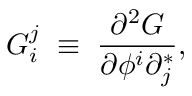
G _ { i } ^ { j } \; \equiv \; { \frac { \partial ^ { 2 } G } { \partial \phi ^ { i } \partial _ { j } ^ { * } } } ,